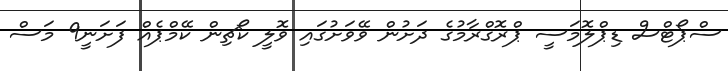
ސްޕޯޓްސް ޑިޕްލޮމަސީ ޕްރޮގްރާމުގެ ދަށުން ވޭވަށުގައި ވޮލީ ކޯޗިން ކޭމްޕެއް ފަށަނީ9 މަސް